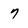
Character: 7